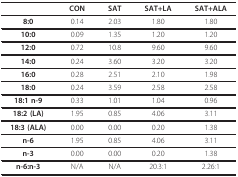
<table><thead><tr><td></td><td><b>CON</b></td><td><b>SAT</b></td><td><b>SAT+LA</b></td><td><b>SAT+ALA</b></td></tr></thead><tbody><tr><td><b>8:0</b></td><td>0.14</td><td>2.03</td><td>1.80</td><td>1.80</td></tr><tr><td><b>10:0</b></td><td>0.09</td><td>1.35</td><td>1.20</td><td>1.20</td></tr><tr><td><b>12:0</b></td><td>0.72</td><td>10.8</td><td>9.60</td><td>9.60</td></tr><tr><td><b>14:0</b></td><td>0.24</td><td>3.60</td><td>3.20</td><td>3.20</td></tr><tr><td><b>16:0</b></td><td>0.28</td><td>2.51</td><td>2.10</td><td>1.98</td></tr><tr><td><b>18:0</b></td><td>0.24</td><td>3.59</td><td>2.58</td><td>2.58</td></tr><tr><td><b>18:1 n-9</b></td><td>0.33</td><td>1.01</td><td>1.04</td><td>0.96</td></tr><tr><td><b>18:2 (LA)</b></td><td>1.95</td><td>0.85</td><td>4.06</td><td>3.11</td></tr><tr><td><b>18:3 (ALA)</b></td><td>0.00</td><td>0.00</td><td>0.20</td><td>1.38</td></tr><tr><td><b>n-6</b></td><td>1.95</td><td>0.85</td><td>4.06</td><td>3.11</td></tr><tr><td><b>n-3</b></td><td>0.00</td><td>0.00</td><td>0.20</td><td>1.38</td></tr><tr><td><b>n-6:n-3</b></td><td>N/A</td><td>N/A</td><td>20.3:1</td><td>2.26:1</td></tr></tbody></table>